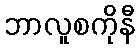
ဘာလူစကိုနီ